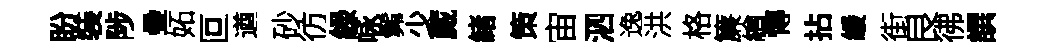
盼裝陟疊妬叵遒砂彷緑咏髴少蕆緖策宙泗逸洪格簾繪慱拈緩街良彿譔